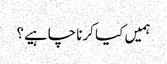
ہمیں کیا کرنا چاہیے؟